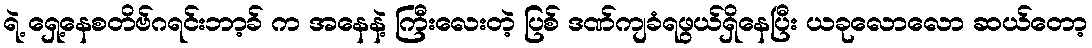
ရဲ့ ရှေ့နေစတိဗ်ဂရင်းဘာ့ခ် က အနေနဲ့ ကြီးလေးတဲ့ ပြစ် ဒဏ်ကျခံရဖွယ်ရှိနေပြီး ယခုလောလော ဆယ်တော့